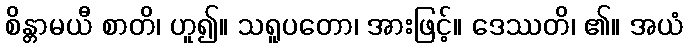
စိန္တာမယီ စာတိ၊ ဟူ၍။ သရူပတော၊ အားဖြင့်။ ဒေဿတိ၊ ၏။ အယံ